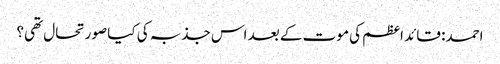
احمد: قائد اعظم کی موت کے بعد اس جذبہ کی کیا صورتحال تھی؟